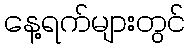
နေ့ရက်များတွင်